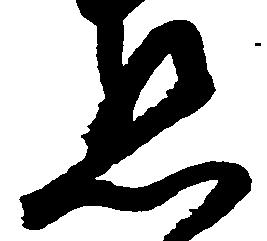
懇